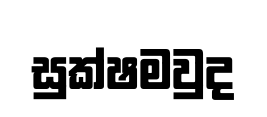
සුක්ෂමවුද